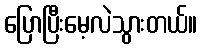
ပြောပြီးမေ့လဲသွားတယ်။